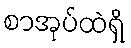
စာအုပ်ထဲရှိ